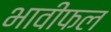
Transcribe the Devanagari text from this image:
भावीफल